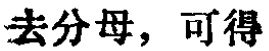
去分母，可得